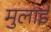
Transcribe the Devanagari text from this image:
मुलाई